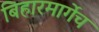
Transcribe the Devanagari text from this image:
बिहारमार्गेच